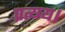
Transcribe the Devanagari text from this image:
प्रत्यय।